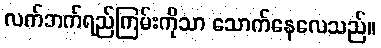
လက်ဘက်ရည်ကြမ်းကိုသာ သောက်နေလေသည်။